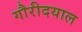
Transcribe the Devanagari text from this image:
गौरीदयाल